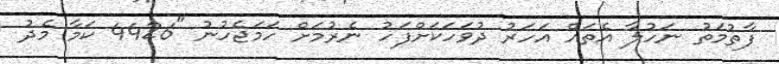
ފާތުމަތު ނަހުލާ އެތައް އަހަރު ދުވަހަކަށްފަހު ނެރުމަށް ހަމަޖެހުނު "4426 ކަމާ މެދު